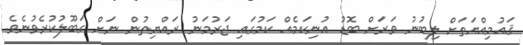
ޤައުމިއްޔަތަށް ލިބުނު ވަރަށް ބޮޑު އުނިކަމެއް ކަމުގައި ޖަރުމަނު ރައްޔިތުން ނަށް ގަބޫލުކުރެވުނެވެ.